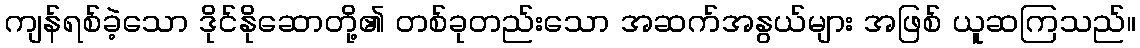
ကျန်ရစ်ခဲ့သော ဒိုင်နိုဆောတို့၏ တစ်ခုတည်းသော အဆက်အနွယ်များ အဖြစ် ယူဆကြသည်။